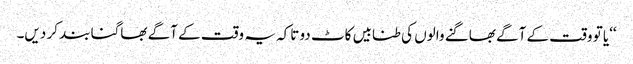
‘‘یا تو وقت کے آگے بھاگنے والوں کی طنابیں کاٹ دو تاکہ یہ وقت کے آگے بھاگنا بند کر دیں۔